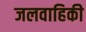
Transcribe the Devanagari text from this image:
जलवाहिकी